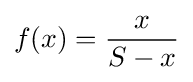
f(x)={\frac {x}{S-x}}